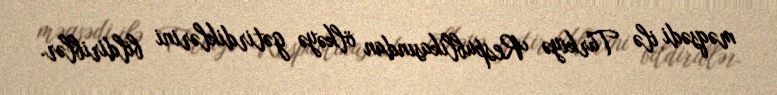
məqsədi ilə Türkiyə Respublikasından ölkəyə gətirdiklərini bildiriblər.